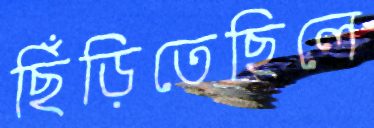
ছিঁড়িতেছিলে